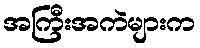
အကြီးအကဲများက